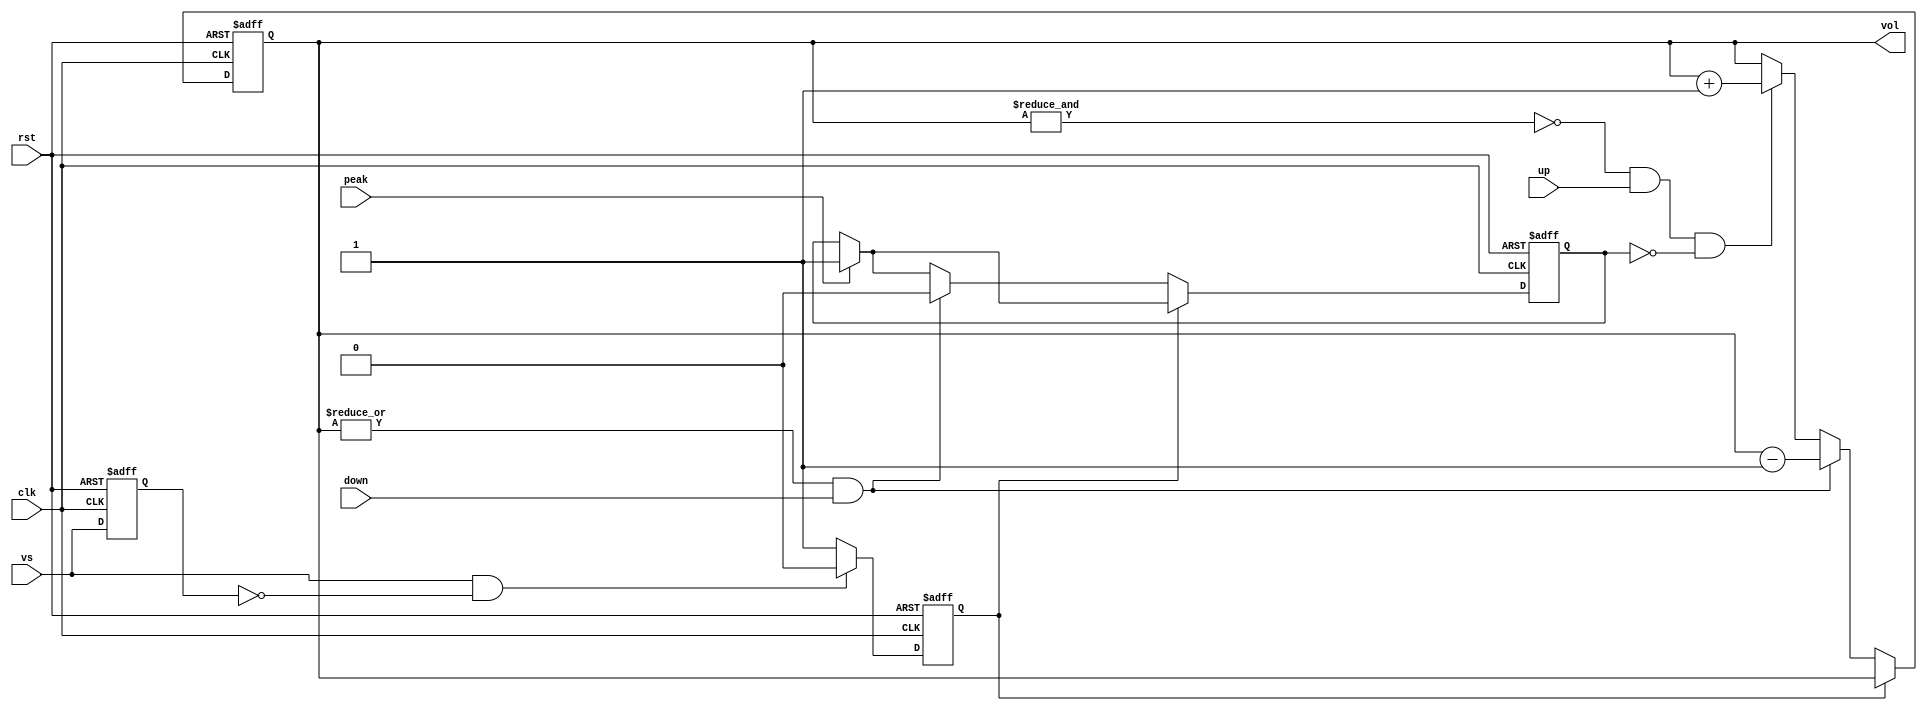
// This program was cloned from: https://github.com/jotego/jtcores
// License: GNU General Public License v3.0

/*  This file is part of JT_FRAME.
    JTFRAME program is free software: you can redistribute it and/or modify
    it under the terms of the GNU General Public License as published by
    the Free Software Foundation, either version 3 of the License, or
    (at your option) any later version.

    JTFRAME program is distributed in the hope that it will be useful,
    but WITHOUT ANY WARRANTY; without even the implied warranty of
    MERCHANTABILITY or FITNESS FOR A PARTICULAR PURPOSE.  See the
    GNU General Public License for more details.

    You should have received a copy of the GNU General Public License
    along with JTFRAME.  If not, see <http://www.gnu.org/licenses/>.

    Author: Jose Tejada Gomez. Twitter: @topapate
    Version: 1.0
    Date: 10-5-2021 */

module jtframe_volume(
    input            rst,
    input            clk,
    input            vs,
    input            peak,
    input            up,
    input            down,
    output reg [7:0] vol
);

reg lock, vs_l, peaked;

always @(posedge clk, posedge rst) begin
    if( rst ) begin
        vol    <= 8'h80; // matching value in game_test.v
        vs_l   <= 0;
        lock   <= 0;
        peaked <= 0;
    end else begin      
        vs_l <= vs;  
        if(  peak ) peaked <= 1;
        if( !lock ) begin
            if( ~&vol && up && !peaked ) begin
                vol <= vol+8'd1;
            end
            if(  |vol && down ) begin
                vol <= vol-8'd1;
                peaked <= 0;
            end
            lock <= 1;
        end
        if( vs && !vs_l ) lock <= 0;
    end
end

endmodule